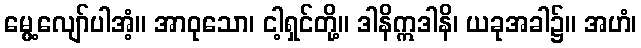
မွေ့လျော်ပါအံ့။ အာဝုသော၊ ငါ့ရှင်တို့။ ဒါနိဣဒါနိ၊ ယခုအခါ၌။ အဟံ၊